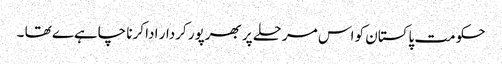
حکومت پاکستان کو اس مرحلے پر بھرپور کردار ادا کرنا چاہےے تھا ۔